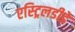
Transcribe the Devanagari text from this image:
एस्ट्रिलडीडे